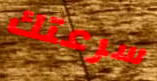
سرعتك